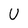
Character: U